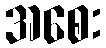
အစေး